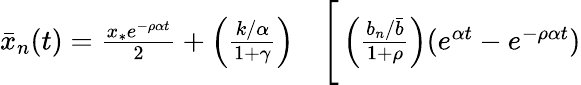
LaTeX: \begin{array}{rl}{\bar{x}_{n}(t)=\frac{x_{*}e^{-\rho\alpha t}}{2}+\left(\frac{k/\alpha}{1+\gamma}\right)}&{{}\Bigg[\left(\frac{b_{n}/\bar{b}}{1+\rho}\right)(e^{\alpha t}-e^{-\rho\alpha t})}\end{array}